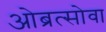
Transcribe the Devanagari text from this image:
ओब्रत्सोवा